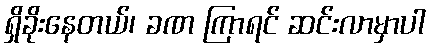
ရှိခိုးနေတယ်၊ ခဏ ကြာရင် ဆင်းလာမှာပါ